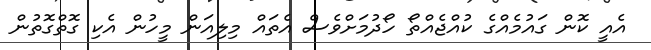
އެއީ ކޮން ގައުމެއްގެ ކުއްޖެއްތޯ ހޯދުމަށްވެސް އެތައް މިލިއަން މީހުން އެކި ގޮތްގޮތުން